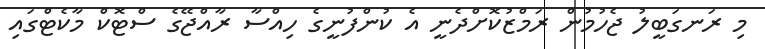
މި ރަނގަބީލު ޖެހުމުން ރަމްޒުކޮށްދެނީ އެ ކުންފުނީގެ ހިއްސާ ރާއްޖޭގެ ސްޓޮކް މާކެޓްގައި